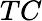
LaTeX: TC